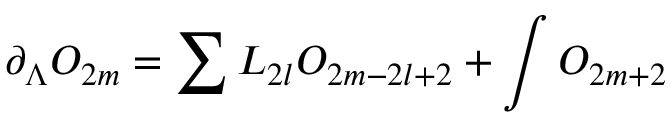
\partial _ { \Lambda } O _ { 2 m } = \sum L _ { 2 l } O _ { 2 m - 2 l + 2 } + \int O _ { 2 m + 2 }